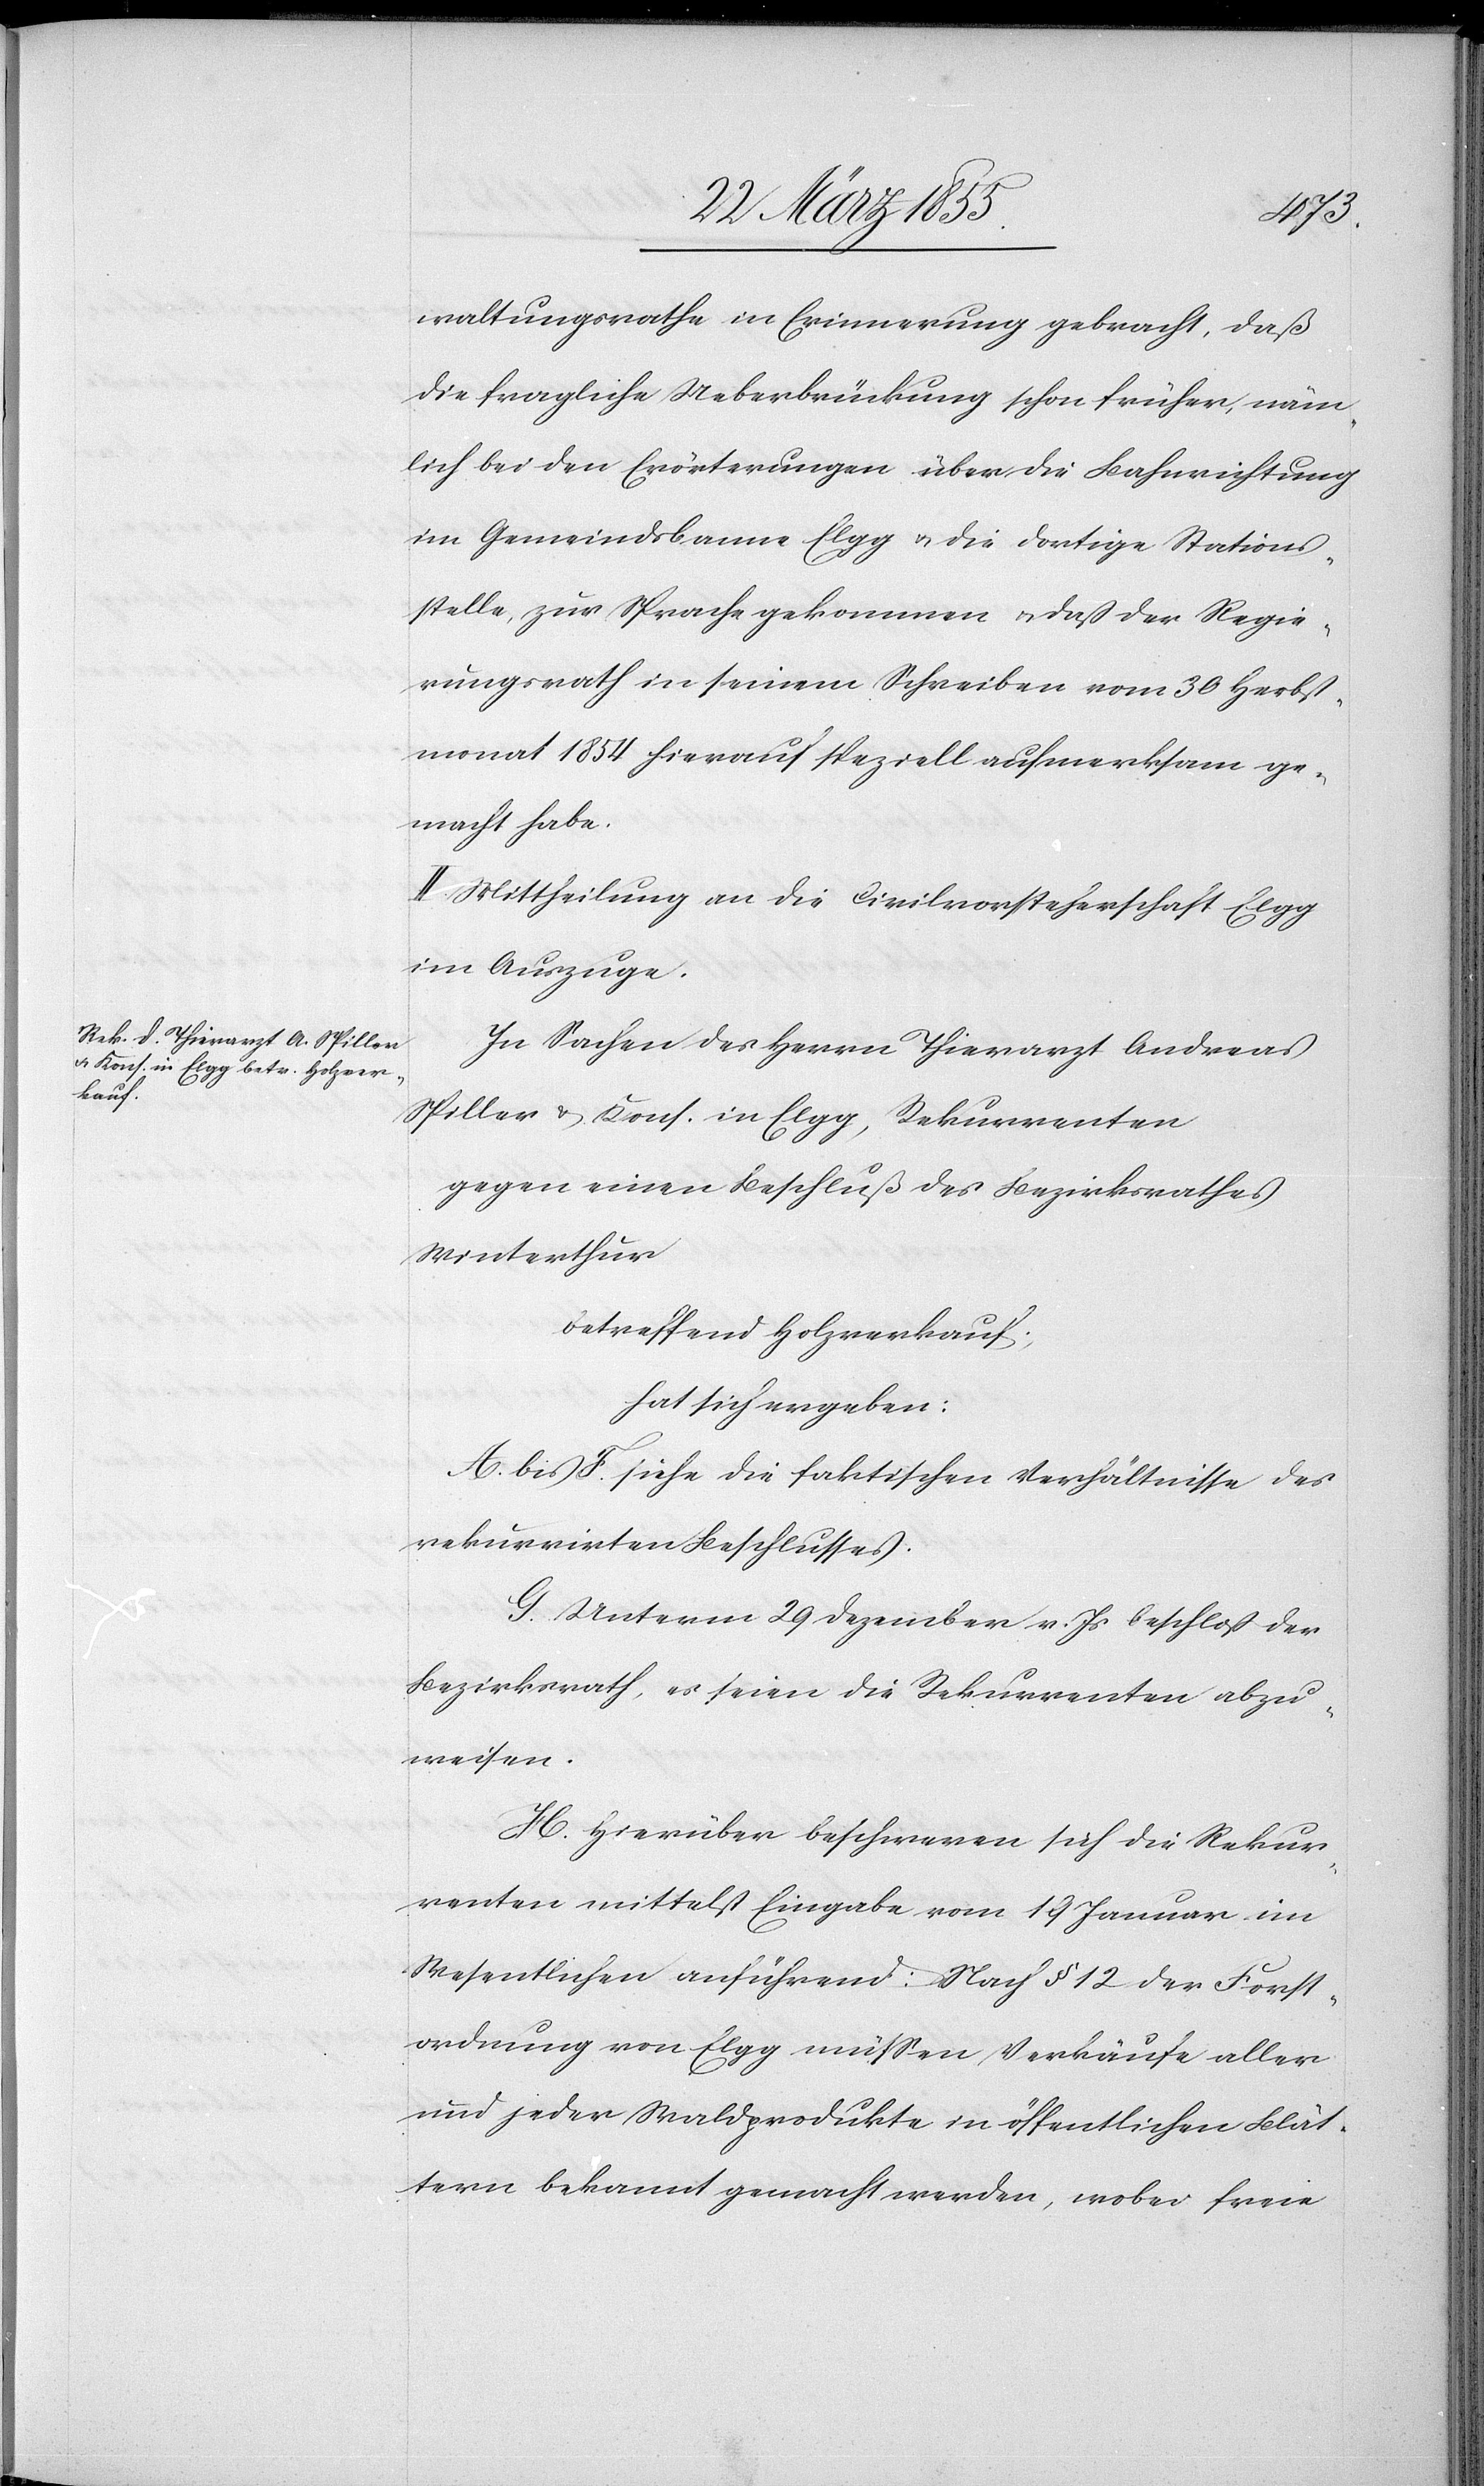
waltungsrathe in Erinnerung gebracht, daß
die fragliche Ueberbrückung schon früher, näm¬
lich bei den Erörterungen über die Bahnrichtung
im Gemeindsbanne Elgg & die dortige Stations¬
stelle, zur Sprache gekommen & daß der Regie¬
rungsrath in seinem Schreiben vom 30 Herbst¬
monat 1854 hierauf speziell aufmerksam ge¬
macht habe.
II Mittheilung an die Civilvorsteherschaft Elgg
im Auszuge.
In Sachen des Herrn Thierarzt Andreas
Spiller & Kons. in Elgg, Rekurrenten
gegen einen Beschluß des Bezirksrathes
Winterthur
betreffend Holzverkauf,
hat sich ergeben:
A. bis F. siehe die faktischen Verhältnisse des
rekurrirten Beschlusses.
G. Unterm 29 Dezember v. Js beschloß der
Bezirksrath, es seien die Rekurrenten abzu¬
weisen.
H. Hierüber beschweren sich die Rekur¬
renten mittelst Eingabe vom 19 Januar im
Wesentlichen anführend: Nach § 12 der Forst¬
ordnung von Elgg müssen Verkäufe aller
und jeder Waldprodukte in öffentlichen Blät¬
tern bekannt gemacht werden, wobei freie